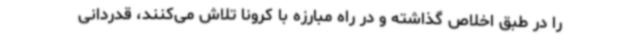
را در طبق اخلاص گذاشته و در راه مبارزه با کرونا تلاش می‌کنند، قدردانی‌